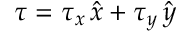
\boldsymbol { \tau } = \tau _ { x } \, \hat { \boldsymbol { x } } + \tau _ { y } \, \hat { \boldsymbol { y } }